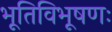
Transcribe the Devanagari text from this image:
भूतिविभूषणः